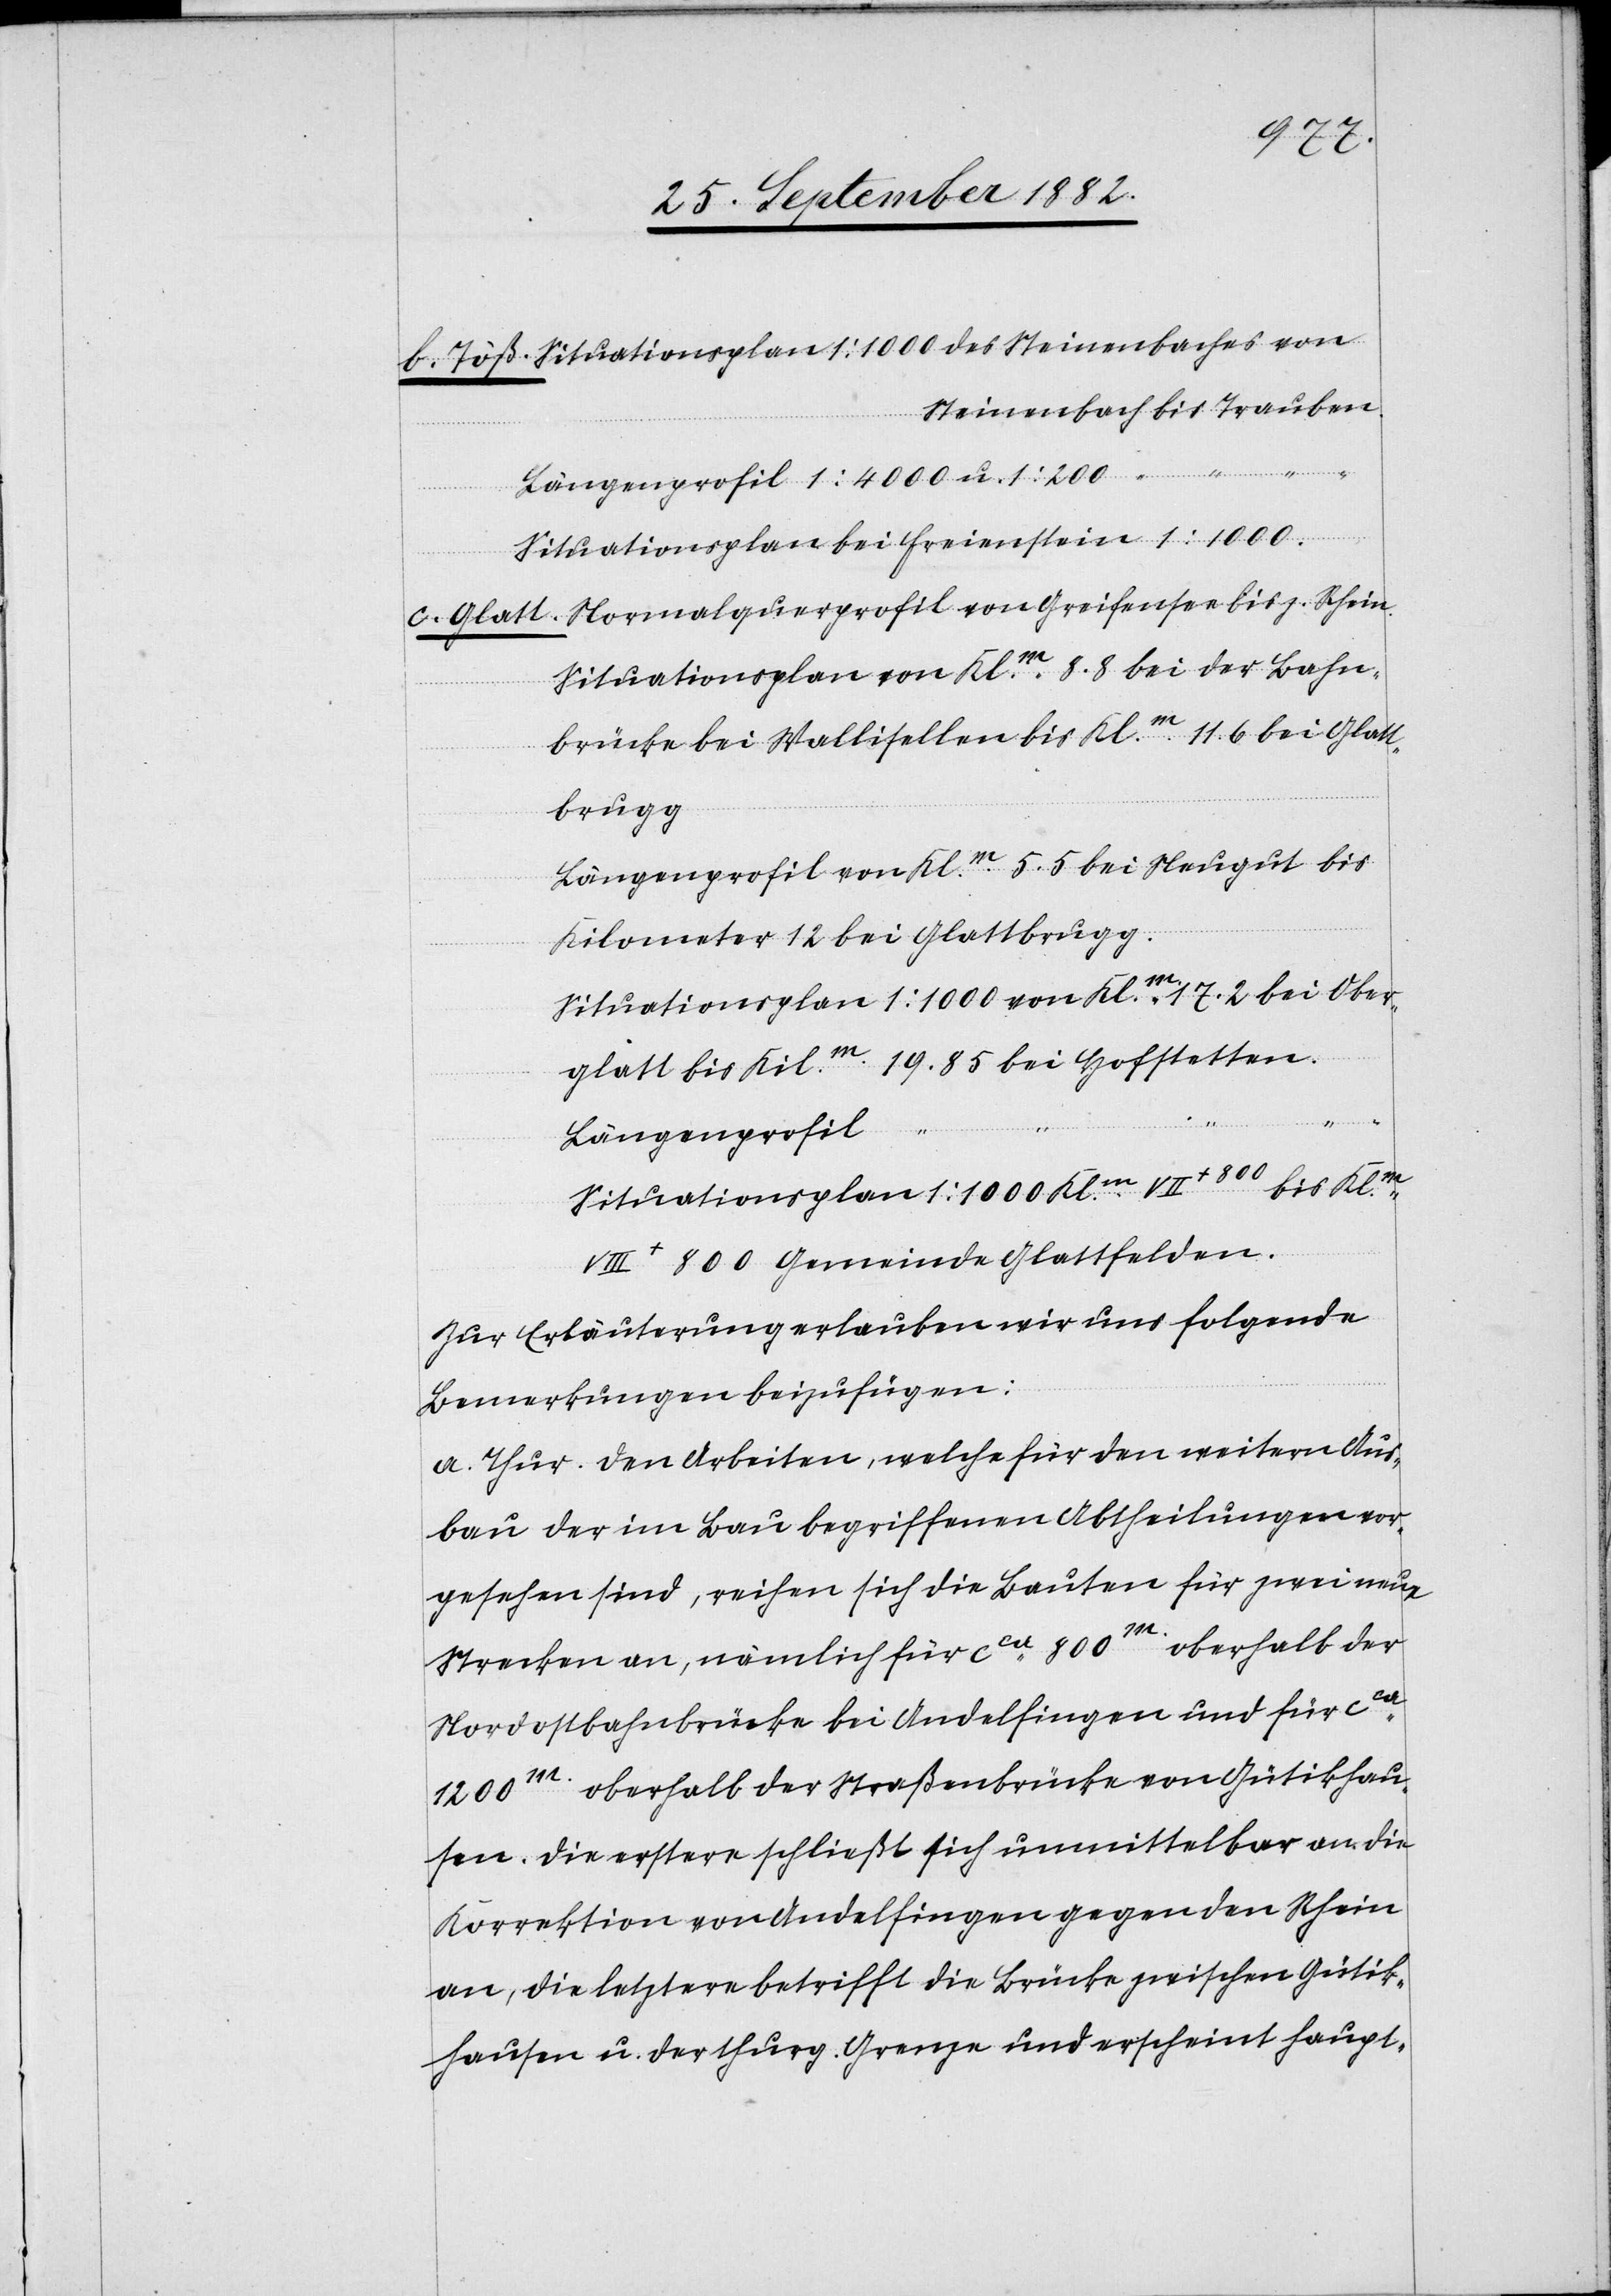
[Steinenbach bis Trauben]
Situationsplan von Klm 8.8 bei der Bahn¬
brücke bei Wallisellen bis Klm 11.6 bei Glatt¬
brugg.
Längenprofil von Klm 5.5 bei Neugut bis
Kilometer 12 bei Glattbrugg.
Situationsplan 1:1000 von Klm 17.2 bei Ober¬
glatt bis Kilm 19.85 bei Hofstetten
Freienstein
Längenprofil
Situationsplan 1:1000 Klm VII+800 bis Klm V¬
III+800 Gemeinde Glattfelden.
Zur Erläuterung erlauben wir uns folgende
Bemerkungen beizufügen:
a. Thur. Den Arbeiten, welche für den weitern Aus¬
bau der im Bau begriffenen Abtheilungen vor¬
gesehen sind, reihen sich die Bauten für zwei neue
Strecken an, nämlich für ca 800m oberhalb der
Nordostbahnbrücke bei Andelfingen und für ca
1200m oberhalb der Straßenbrücke von Gütikhau¬
sen. Die erstere schließt sich unmittelbar an die
Korrektion von Andelfingen gegen den Rhein
an, die letztere betrifft die Brücke zwischen Gütik¬
hausen u. der thurg. Grenze und erscheint haupt-